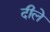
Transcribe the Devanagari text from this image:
दीले